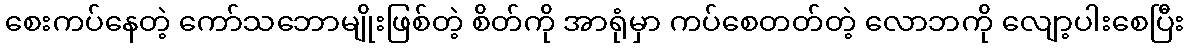
စေးကပ်နေတဲ့ ကော်သဘောမျိုးဖြစ်တဲ့ စိတ်ကို အာရုံမှာ ကပ်စေတတ်တဲ့ လောဘကို လျော့ပါးစေပြီး